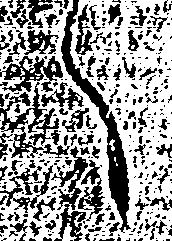
へ